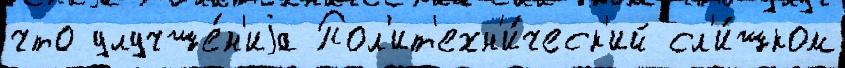
что улучше́н'иjа Пол'ит'ехн'и́ческ'ий сл'и́шком